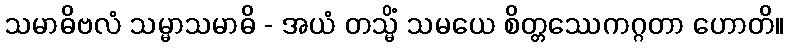
သမာဓိဗလံ သမ္မာသမာဓိ - အယံ တသ္မိံ သမယေ စိတ္တဿေကဂ္ဂတာ ဟောတိ။